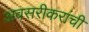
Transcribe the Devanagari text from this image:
अवसरीकरांची